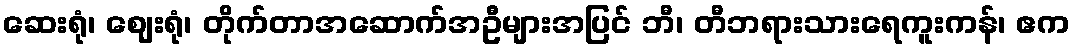
ဆေးရုံ၊ ဈေးရုံ၊ တိုက်တာအဆောက်အဦများအပြင် ဘီ၊ တီဘရားသားရေကူးကန်၊ ဧက